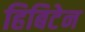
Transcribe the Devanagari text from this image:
हिबिटेन